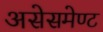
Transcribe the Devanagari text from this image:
असेसमेण्ट